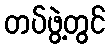
တပ်ဖွဲ့တွင်